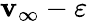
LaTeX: \mathbf{v}_{\infty}-\varepsilon